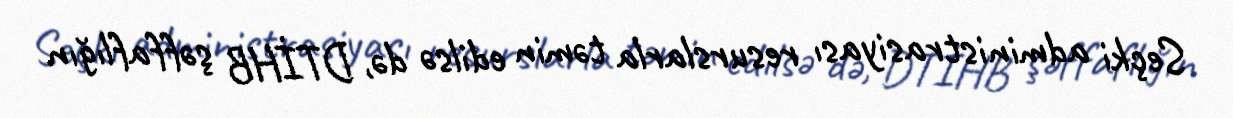
Seçki administrasiyası resurslarla təmin edilsə də, DTİHB şəffaflığın